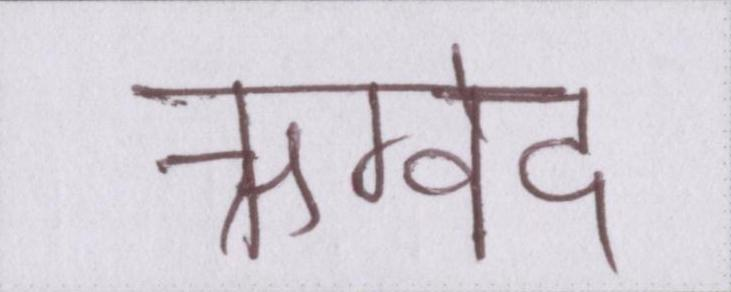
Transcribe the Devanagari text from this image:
ऋग्वेद